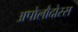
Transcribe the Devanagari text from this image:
अपोलौदोरस